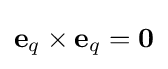
\mathbf {e} _{q}\times \mathbf {e} _{q}={\boldsymbol {0}}